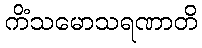
ကိံသမောသရဏာတိ